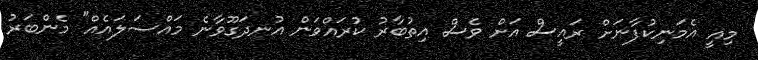
މިއީ އެމަނިކުފާނަށް ރައީސް އަށް ވެސް އިތުބާރު ކުރައްވަން އުނދަގޫވާނެ މައްސަލައެއް" މެންބަރު